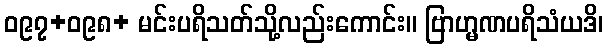
ဝ၉၇+ဝ၉၈+ မင်းပရိသတ်သို့လည်းကောင်း။ ဗြာဟ္မဏပရိသံယဒိ၊